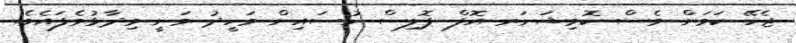
ޖެހޭ ކަމަށް ވެސް ކޮމިޝަނަރ އޮފް ޕޮލިސް ހުސައިން ވަހީދު ވަނީ ވިދާޅުވެފައެވެ.